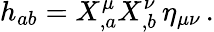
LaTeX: h_{ab}=X_{,a}^{\mu}X_{,b}^{\nu}\, \eta_{\mu\nu}\, .